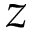
z